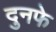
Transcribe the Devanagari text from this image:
दुनफे